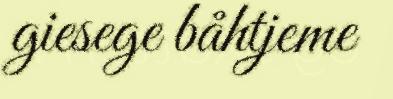
giesege båhtjeme